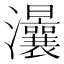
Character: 㶞